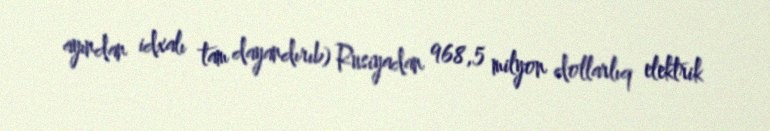
ayından idxalı tam dayandırıb) Rusiyadan 968,5 milyon dollarlıq elektrik